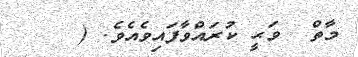
މާތް  ވަޙީ ކުރައްވާފައިވެއެވެ. (